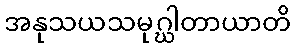
အနုသယသမုဂ္ဃါတာယာတိ